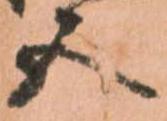
五